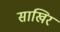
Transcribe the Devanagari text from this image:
साखिर